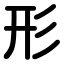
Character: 形